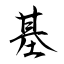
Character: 基